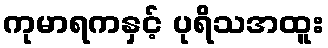
ကုမာရကနှင့် ပုရိသအထူး